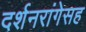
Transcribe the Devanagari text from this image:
दर्शनरांगेसह